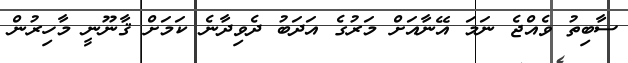
ސާބިތު ވެއްޖެ ނަމަ އޭނާއަށް މަރުގެ އަދަބު ދެވިދާނެ ކަމަށް ޤާނޫނީ މާހިރުން